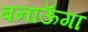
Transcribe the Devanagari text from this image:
बनाऊॅगा